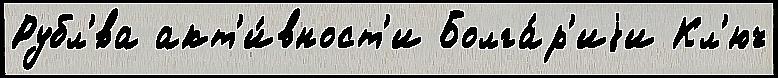
Рубл'́ва акт'и́вност'и Болга́р'иjи Кл'юч